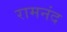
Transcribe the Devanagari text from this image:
रामनंद